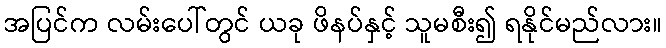
အပြင်က လမ်းပေါ်တွင် ယခု ဖိနပ်နှင့် သူမစီး၍ ရနိုင်မည်လား။